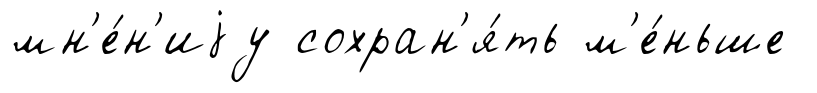
мн'е́н'иjу сохран'я́ть м'е́ньше